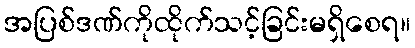
အပြစ်ဒဏ်ကိုထိုက်သင့်ခြင်းမရှိစေရ။